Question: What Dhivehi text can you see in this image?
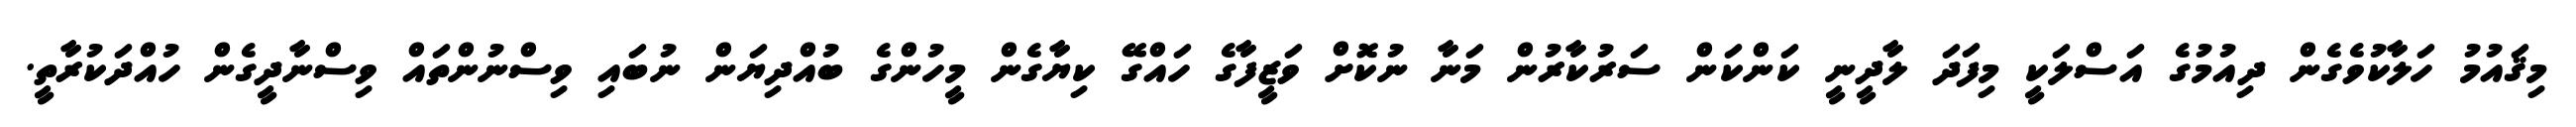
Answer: މިޤައުމު ހަލާކުވެގެން ދިއުމުގެ އަސްލަކީ މިފަދަ ލާދީނީ ކަންކަން ސަރުކާރުން މަނާ ނުކޮށް ވަޒީފާގެ ހައްގޭ ކިޔާގެން މީހުންގެ ބުއްދިޔަން ނުބައި ވިސްނުންތައް ވިސްނާދީގެން ހުއްދަކުރާތީ.